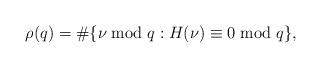
LaTeX: \begin{align*}\rho(q)=\#\{\nu\bmod{q}: H(\nu)\equiv 0\bmod{q}\},\end{align*}